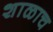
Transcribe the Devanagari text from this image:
शाळाच